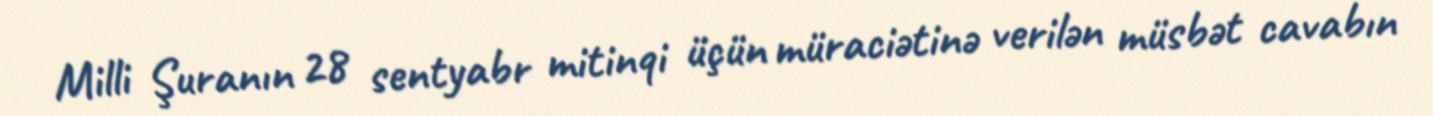
Milli Şuranın 28 sentyabr mitinqi üçün müraciətinə verilən müsbət cavabın